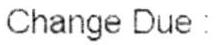
CHANGE DUE :